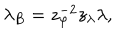
\lambda _ { B } = z _ { \varphi } ^ { - 2 } z _ { \lambda } \lambda ,